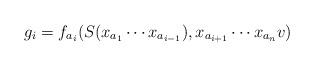
LaTeX: \begin{align*}g_{i}=f_{a_{i}}(S(x_{a_{1}}\cdots x_{a_{i-1}}),x_{a_{i+1}}\cdots x_{a_{n}}v)\end{align*}